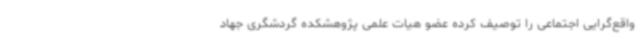
واقع‌گرایی اجتماعی را توصیف کرده عضو هیات علمی پژوهشکده گردشگری جهاد